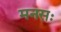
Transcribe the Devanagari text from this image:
मनसः